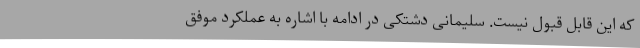
که این قابل قبول نیست. سلیمانی دشتکی در ادامه با اشاره به عملکرد موفق